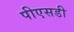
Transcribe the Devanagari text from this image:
पीएसडी